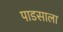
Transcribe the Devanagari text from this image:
पाडसाला